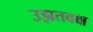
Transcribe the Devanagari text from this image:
उझतवक्ष